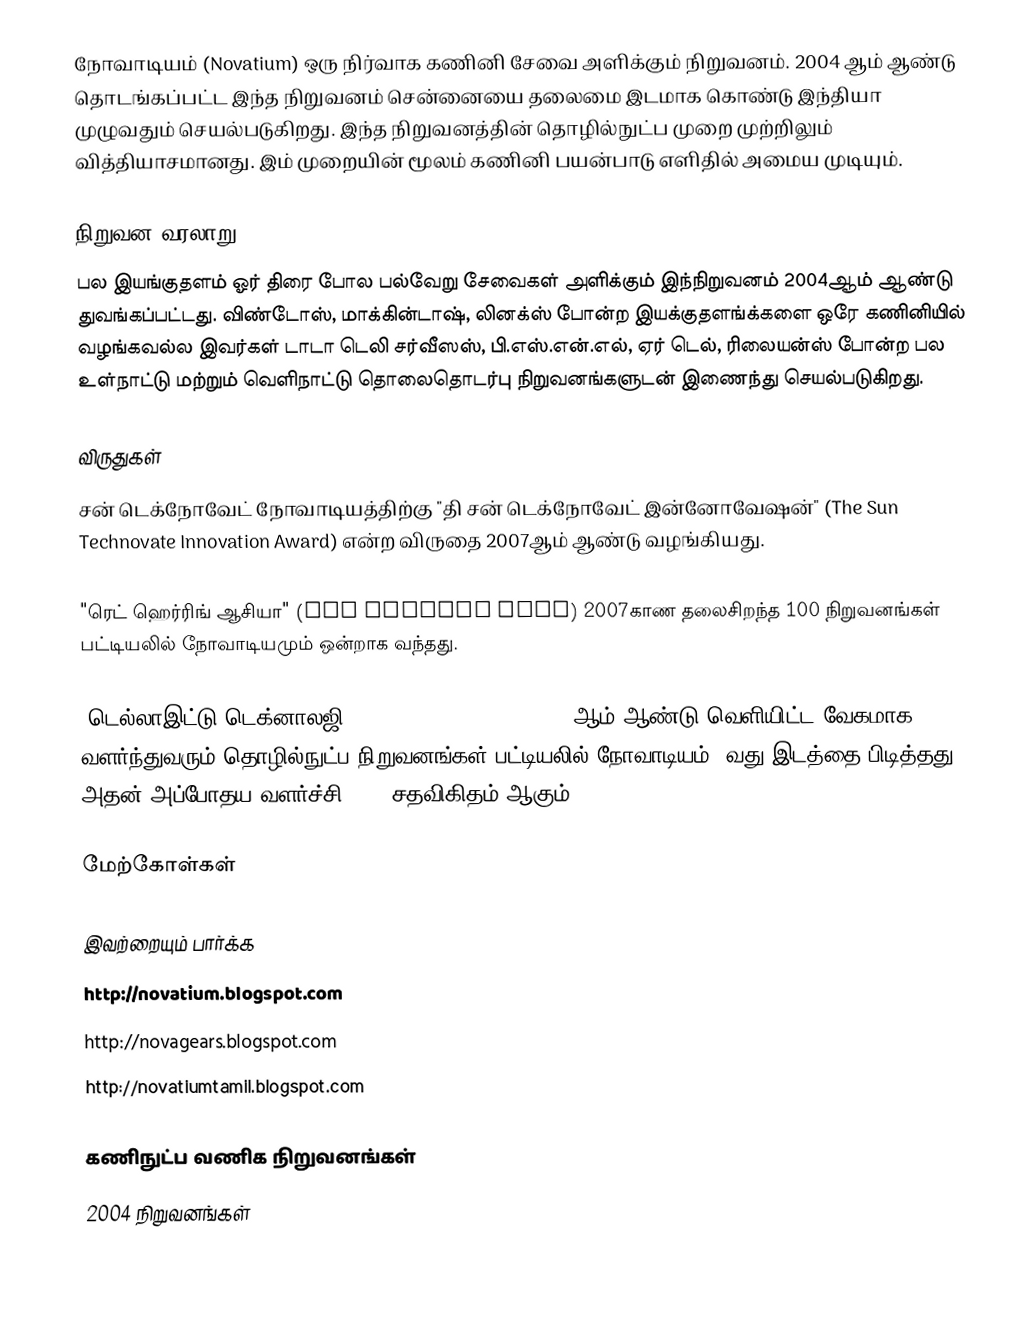
நோவாடியம்  (Novatium) ஒரு நிர்வாக கணினி சேவை அளிக்கும் நிறுவனம். 2004 ஆம் ஆண்டு தொடங்கப்பட்ட இந்த நிறுவனம் சென்னையை தலைமை இடமாக கொண்டு இந்தியா முழுவதும் செயல்படுகிறது. இந்த நிறுவனத்தின்  தொழில்நுட்ப முறை முற்றிலும் வித்தியாசமானது. இம் முறையின் மூலம் கணினி பயன்பாடு எளிதில் அமைய முடியும்.

நிறுவன வரலாறு
பல இயங்குதளம் ஓர் திரை போல பல்வேறு சேவைகள் அளிக்கும் இந்நிறுவனம் 2004ஆம் ஆண்டு துவங்கப்பட்டது. விண்டோஸ், மாக்கின்டாஷ், லினக்ஸ் போன்ற இயக்குதளங்க்களை ஒரே கணினியில் வழங்கவல்ல இவர்கள் டாடா டெலி சர்வீஸஸ், பி.எஸ்.என்.எல், ஏர் டெல், ரிலையன்ஸ் போன்ற பல உள்நாட்டு மற்றும் வெளிநாட்டு தொலைதொடர்பு நிறுவனங்களுடன் இணைந்து  செயல்படுகிறது.

விருதுகள்
சன் டெக்நோவேட் நோவாடியத்திற்கு "தி சன் டெக்நோவேட் இன்னோவேஷன்" (The Sun Technovate Innovation Award) என்ற விருதை 2007ஆம் ஆண்டு வழங்கியது.

"ரெட் ஹெர்ரிங் ஆசியா" (Red Herring Asia) 2007காண தலைசிறந்த 100 நிறுவனங்கள் பட்டியலில் நோவாடியமும் ஒன்றாக வந்தது.

"டெல்லாஇட்டு டெக்னாலஜி" (Deloitte Technology) 2009ஆம் ஆண்டு வெளியிட்ட வேகமாக வளர்ந்துவரும் தொழில்நுட்ப நிறுவனங்கள் பட்டியலில் நோவாடியம் 9வது இடத்தை பிடித்தது. அதன் அப்போதய வளர்ச்சி 446% சதவிகிதம் ஆகும்.

மேற்கோள்கள்

இவற்றையும் பார்க்க
 http://novatium.blogspot.com
 http://novagears.blogspot.com
 http://novatiumtamil.blogspot.com

கணிநுட்ப வணிக நிறுவனங்கள்
2004 நிறுவனங்கள்